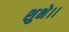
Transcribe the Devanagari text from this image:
शुभे।।